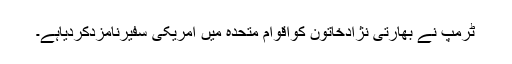
ٹرمپ نے بھارتی نژادخاتون کواقوام متحدہ میں امریکی سفیرنامزدکردیاہے۔